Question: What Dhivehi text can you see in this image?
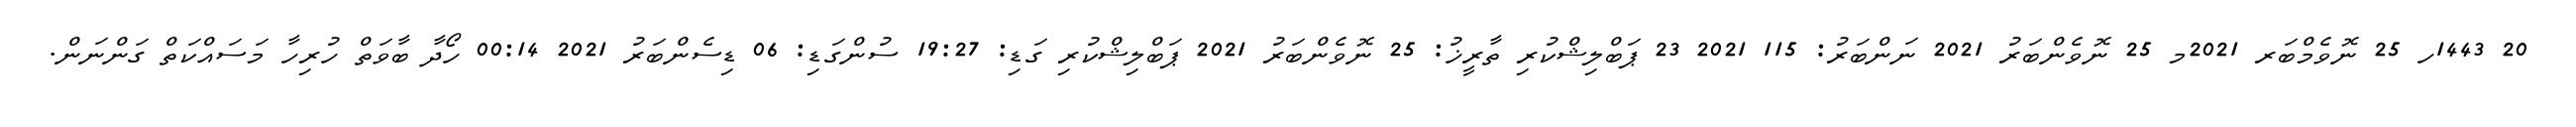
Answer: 20 1443ހ 25 ނޮވެމްބަރ 2021މ 25 ނޮވެންބަރު 2021 ނަންބަރު: 115 2021 23 ޕަބްލިޝްކުރި ތާރީޚު: 25 ނޮވެންބަރު 2021 ޕަބްލިޝްކުރި ގަޑި: 19:27 ސުންގަޑި: 06 ޑިސެންބަރު 2021 00:14 ހޯދާ ބާވަތް ހުރިހާ މަސައްކަތް ގަންނަން.